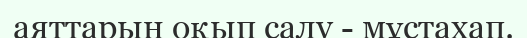
аяттарын оқып салу - мұстахап.